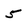
Character: 5